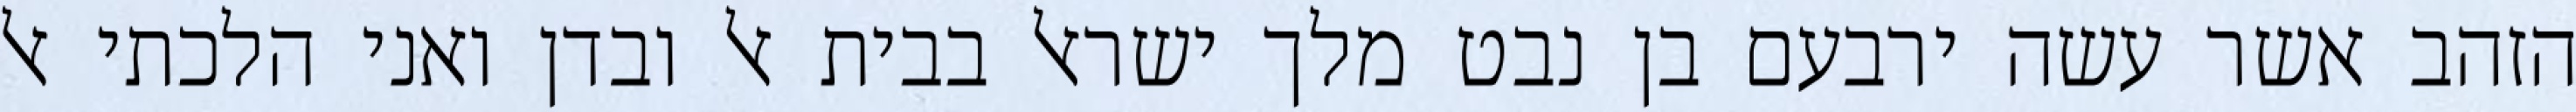
הזהב אשר עשה ירבעם בן נבט מלך ישראל בבית אל ובדן ואני הלכתי אל